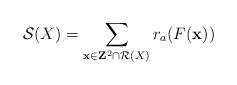
LaTeX: \begin{align*}\mathcal{S}(X)=\sum_{\mathbf{x} \in \mathbf{Z}^2 \cap \mathcal{R}(X)}r_a(F(\mathbf{x}))\end{align*}